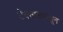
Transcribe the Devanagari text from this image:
टेक्सासपासून